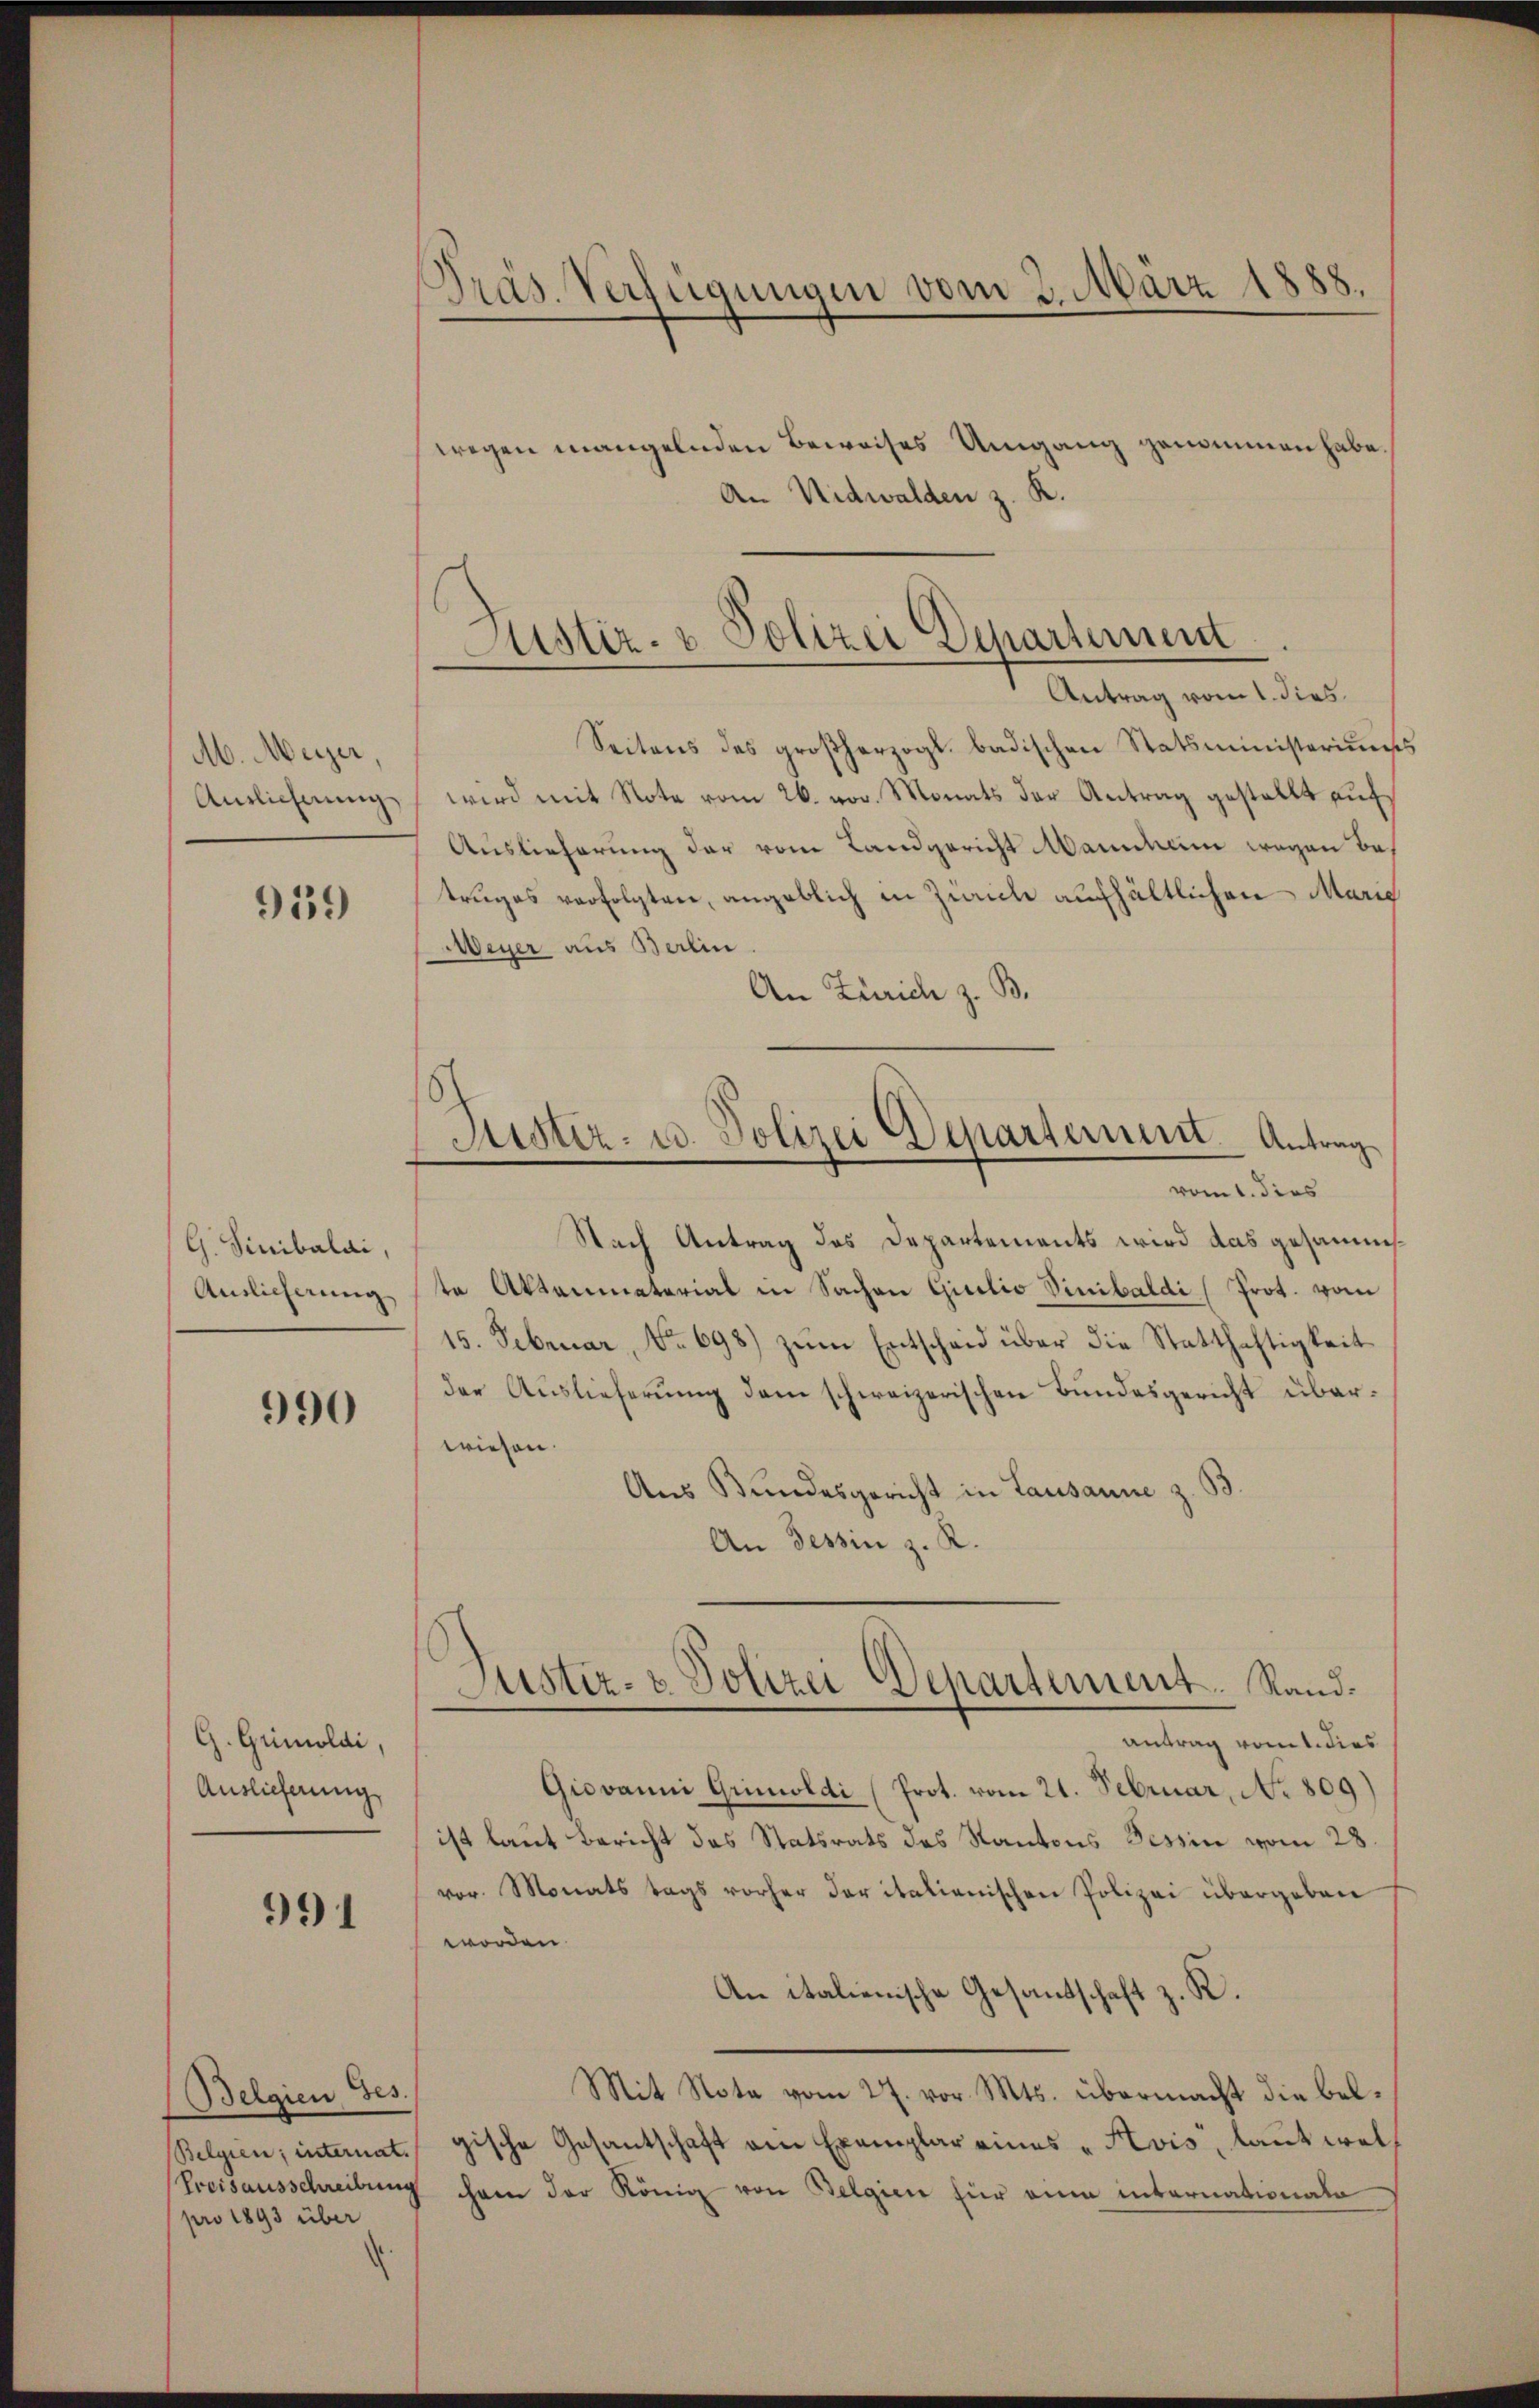
M. Meyer,
Anslicherung

959

(G. Sinibalai,
Auslieferung

990

G. Grimoldi,
Auslieferung

991

(Belgien, Ges.
pro 1893 über

Präs. Verfügungen vom 3. März 1888.
"

wegen mangelnden Beweises Umgang genommen habe.
An Nidwalden z. K.
Seitens des großherzogl. badischen Statsministeriums
wird mit Note vom 26. vor. Monats der Antrag gestellt auf
Auslieferung der vom Landgericht Mannheim wegen Bes
truges verfolgten, angeblich in Zürich aufhältlichen Marie
Weyer aus Berlin
An Zürich z. B.
Nach Antrag des Departements wird das gesammte Aktaumaterial in Sachen Giulio Vinibaldi (Prot. vom
15. Februar, No 698.) zŭm Entscheid über die Statthaftigkeit
der Auslieferung dem schweizerischen Bundesgericht überwiesen.
Aus Bundesgericht in Lausanne z. 33.
An Tessin z. R.
Justiz- & Polizei Departement. Sand¬
Antrag vom 1. dies
Giovanni Grimoldi (Prot. vom 21. Februar, No 809)
ist laut Bericht das Statsrats des Kantons Tessin vom 28.
vor. Monats tags vorher daritalianischen Polizei übergeben
worden.
An italienische Gesandschaft z. R.
Mit Nota vom 27. vor. Mts. übermacht die bel¬
Belgien, internat. gische Gesantschaft am Exemplar eines „Svis, laut wel¬
Preisausschreibung hann der König von Belgien für ein internationale

Justiz- & Polizei Departement
Antrag vom 1. dies

Justiz- u. Polizei Departement. Antrag
vom 1. dies